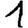
Digit: 1